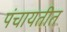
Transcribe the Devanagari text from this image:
पंचायतीत